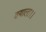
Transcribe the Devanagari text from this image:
तयाला।।